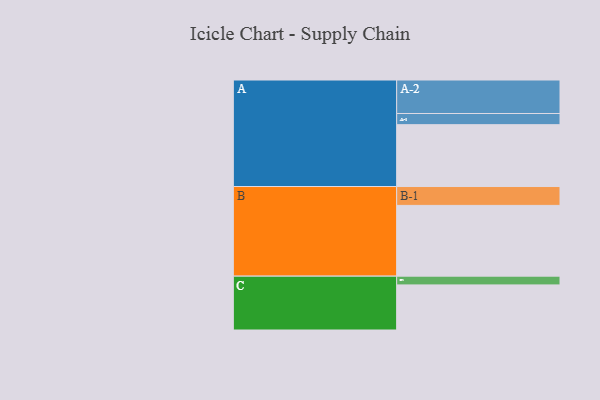
{"axis": {"x": "Segment", "y": "Value"}, "legend": ["", "A", "B", "C"], "data": [{"x": "A", "y": 465, "type": ""}, {"x": "B", "y": 532, "type": ""}, {"x": "C", "y": 339, "type": ""}, {"x": "A-1", "y": 84, "type": "A"}, {"x": "A-2", "y": 252, "type": "A"}, {"x": "B-1", "y": 142, "type": "B"}, {"x": "C-1", "y": 66, "type": "C"}]}